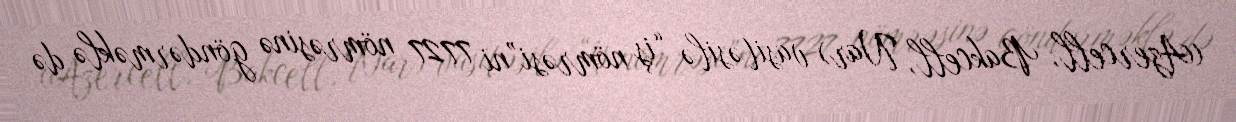
(Azercell, Bakcell, Nar) vasitəsilə “iş nömrəsi”ni 7727 nömrəsinə göndərməklə də